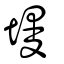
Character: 墁